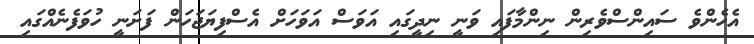
އެހެންވެ ސައިންސްވެރިން ނިންމާފައި ވަނީ ނިދީގައި އަވަސް އަވަހަށް އެސްފިޔަޖަހަން ފަށަނީ ހުވަފެނެއްގައި